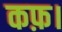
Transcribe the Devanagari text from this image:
कफ़।